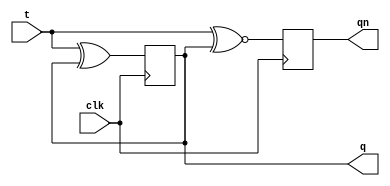
module tff(t,clk,q,qn);
	input t,clk;
	output q,qn;
	reg q,qn;

	initial begin q=0;qn=1; end

	always @(posedge clk)
	begin
		q <= (t^q);
		qn <= (t~^q);
	end
endmodule

module tester(q,qn,clk,t);
	input q,qn;
	output clk,t;
	reg clk,t;

	//Run the test once
	initial
	begin
		clk=0;
		//Dump results of the simulation to ff.cvd
		$dumpfile("tff.vcd");
		$dumpvars;
		//Generate input signal t
		   t=0; #9 t=1; #1 t=0; #1 t=1; #2 t=0; #1 t=1; #12 t=0;
		#1 t=1; #2 t=0; #1 t=1; #1 t=0; #1 t=1; #1 t=0; # 7 t=1;
		#8 $finish;
	end

	//Generate periodic clock signal
	always
	begin
		#4 clk=!clk;
	end
endmodule


module testbench;
	wire clk,t,q,qn;
	tff ff1(t,clk,q,qn);
	tester tst1(q,qn,clk,t);
endmodule